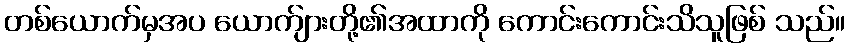
တစ်ယောက်မှအပ ယောက်ျားတို့၏အထာကို ကောင်းကောင်းသိသူဖြစ် သည်။